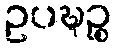
ဥပဍ္ဎဉ္စ